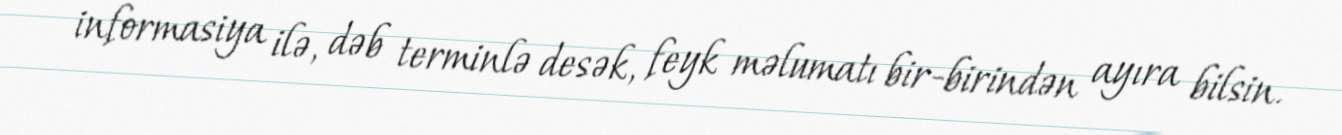
informasiya ilə, dəb terminlə desək, feyk məlumatı bir-birindən ayıra bilsin.